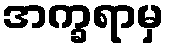
အက္ခရာမှ